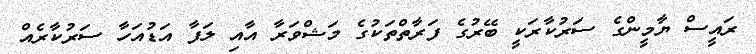
ރައީސް ޔާމީންގެ ސަރުކާރަކީ ބޭރުގެ ފަރާތްތަކުގެ މަޝްވަރާ އާއި ލަފާ އަޑުއަހާ ސަރުކާރެއް